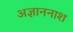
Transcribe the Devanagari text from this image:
अज्ञाननाश